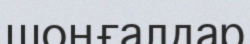
шоңғалдар